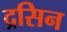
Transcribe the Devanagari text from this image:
द्रसिन